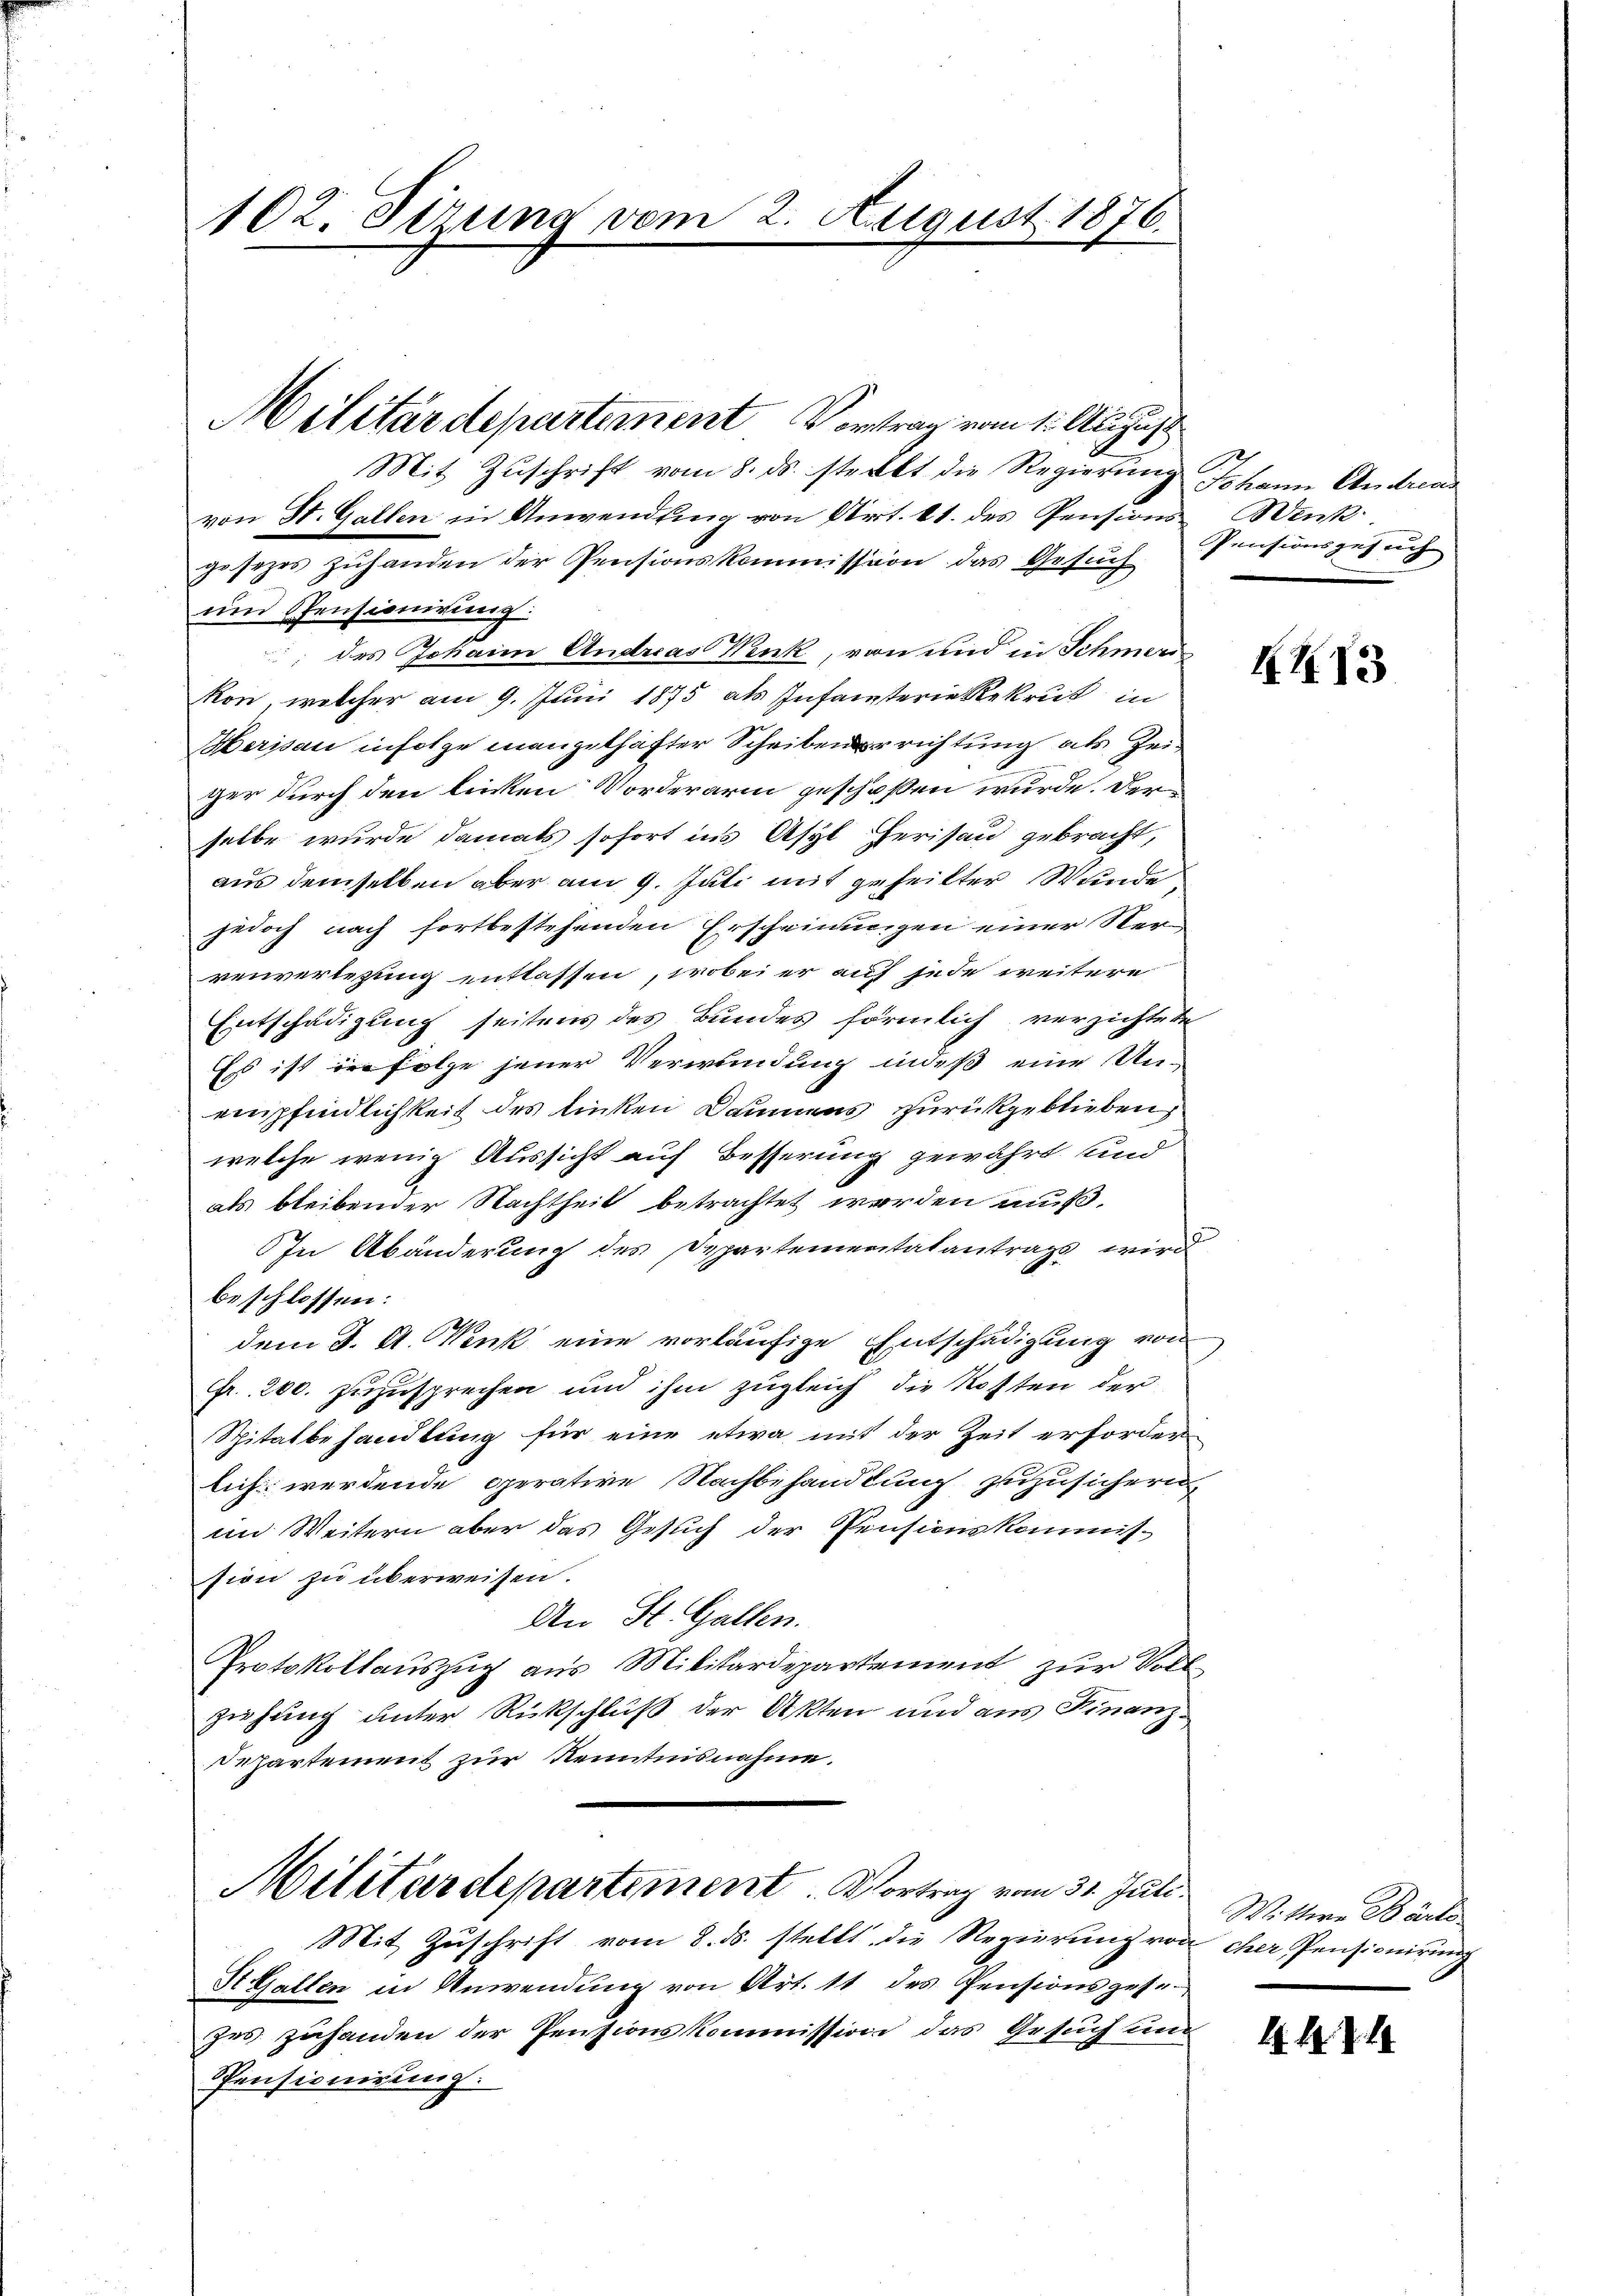
102. Sirung vom 2. August 1876.

Mit Zŭschrift vom 8. ds. steckt die Regierŭng
von St. Gallen in Anwendung von Art. 11. des Pensions-Weck
gesezes zuhanden der Pensionskommission das Gesuch
und Pensionirung:
 des Johann Andreas Wink, von und in Schmerikon, welcher am 9. Juni 1875 als Infansterie Rekrut in
Herisau infolge mangelhafter Scheiben errichtung als Zeiger durch den linken Vorderarin geschossen wurde. Der
selbe wurde damals sofort ins Asyl Herisau gebracht,
aus demselben aber am 9. Juli mit geheilter Wunde
jedoch nach fortbestehenden Erscheinungen einer Sterrenverlegung entlassen, wobei er auf jede weitere
Entschädigung seitens des Bundes förmlich verzichtete
Es ist in Folge jener Verwendung indeß eine Un-
empfindlichkeit des linken Daumens zurückgeblieben,
welche wenig Aussicht auf Besserung gewährt und
als bleibender Nachtheit betrachtet werden muß.
In Abänderung des Departementatantrags wird
beschlossen:
dem J. A. Wink eine vorläufige Entschädigung von
Fr. 200. zuzusprechen und ihm zugleich die Rotten der
Spitatbehandlung für eine etwa mit der Zeit erforderlich werdende Operative Nachbehandlung zuzusichern,
an Weitern aber das Gesuch der Pensionskommission zu überweisen.
An St. Gallen.
Protokollauszug aus Militärdepartement zur Voll
ziehung unter Rückschluß der Akten und aus Finanz¬
Departement zur Kenntnisnahme.
Militärdepartement. Vortrag vom 31. Juli Wittern Bärte
Mit Zuschrift vom 8. ds. stellt die Regierung von cher Pensionirung
St. Gallen in Anwendung von Art. 11 des Pensionsgesezes zuhanden der Pensionskommission das Gesuchung
Pensionirung.

Militärdepartement Vortrag vom 1. August

Sebenen Ander
Pensionsgesuch

XI13

A. B. J.